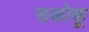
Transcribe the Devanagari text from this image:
सकोकू